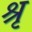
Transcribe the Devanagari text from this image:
श्रृ